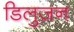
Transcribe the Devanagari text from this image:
डिलुज़न